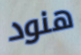
هنود